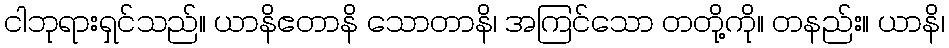
ငါဘုရားရှင်သည်။ ယာနိဧတာနိ သောတာနိ၊ အကြင်သော တတို့ကို။ တနည်း။ ယာနိ၊